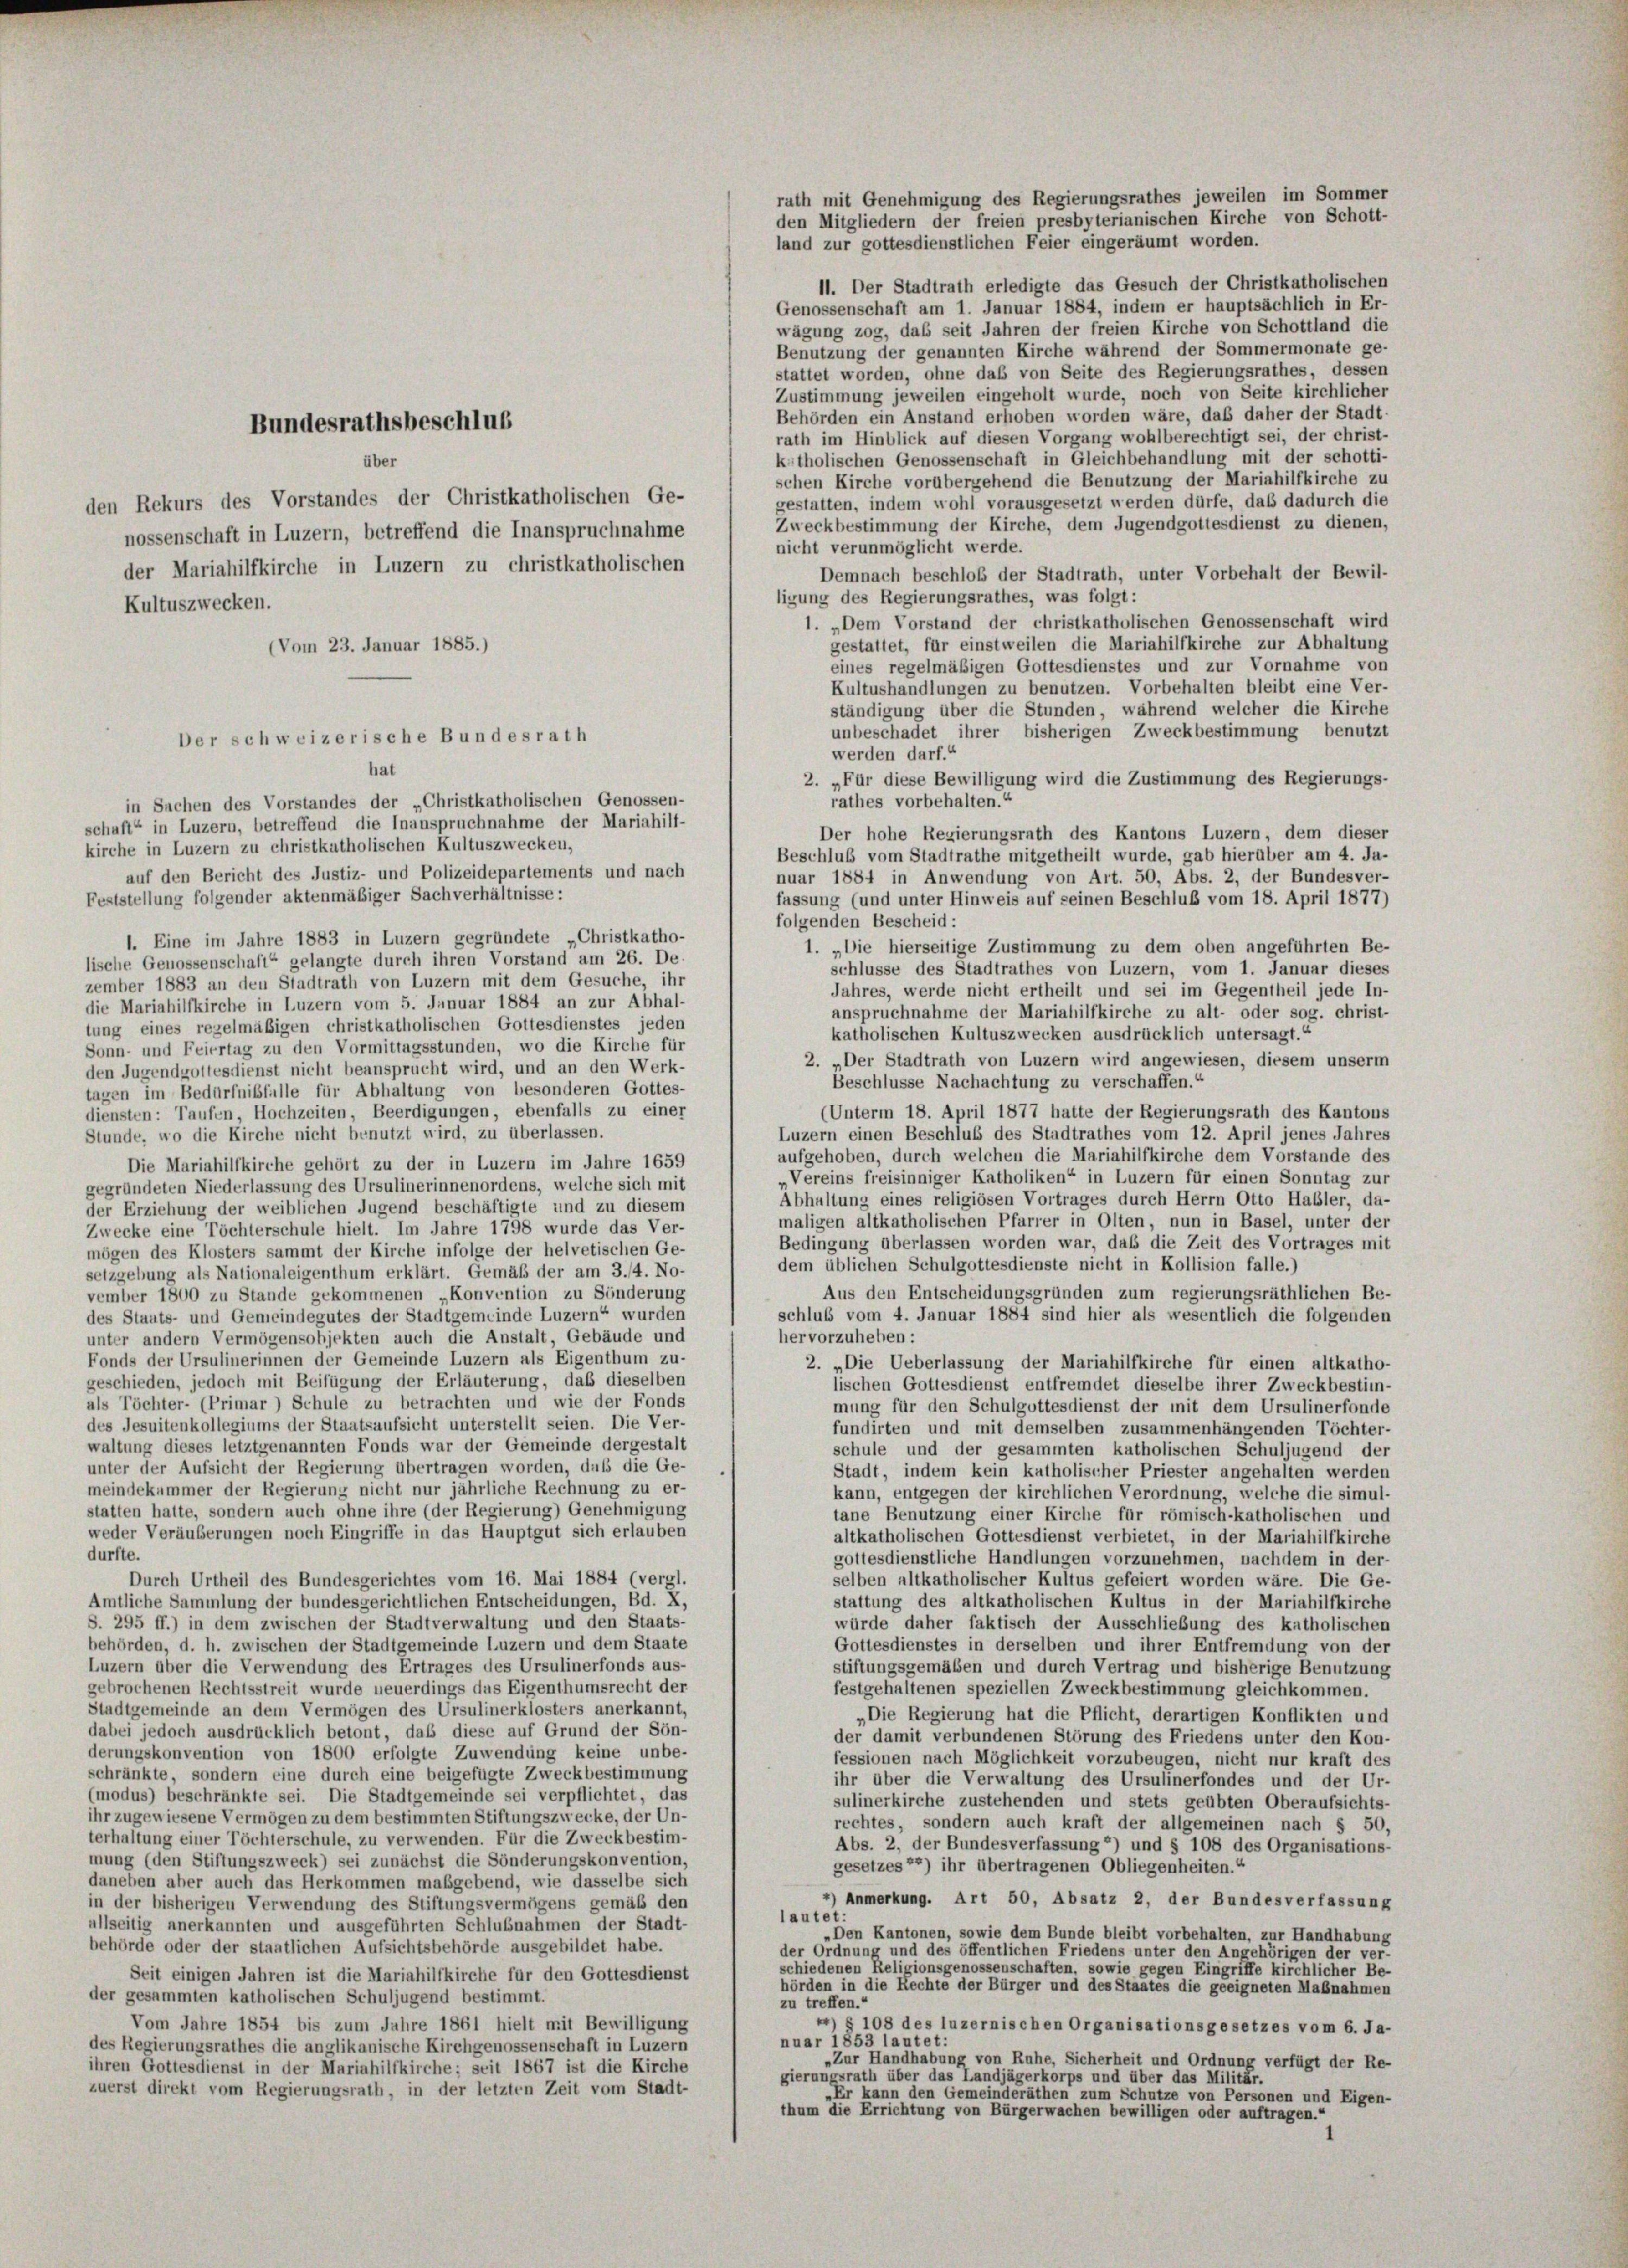
Bundesrathsbeschlus
den Rekurs des Vorstandes der Christkatholischen Ge-
nossenschaft in Luzern, betreffend die Inanspruchnahme
der Mariahilfkirche in Luzern zu christkatholischen
Kultuszwecken.

den Mitgliedern der freien presbyterianischen Kirche von Schott-
land zur gottesdienstlichen Feier eingeräumt worden.
11. Der Stadtrath erledigte das Gesuch der Christkatholischen
Genossenschaft am 1. Januar 1884, indem er hauptsächlich in Er-
wägung zog, das seit Jahren der freien Kirche von Schottland die
Benutzung der genannten Kirche während der Sommermonate ge-
stattet worden, ohne das von Seite des Regierungsrathes, dessen
Zustimmung jeweilen eingeholt wurde, noch von Seite kirchlicher
Behörden ein Anstand erhoben worden wäre, daß daher der Stadt-
rath im Hinblick auf diesen Vorgang wohlberechtigt sei, der christ-
katholischen Genossenschaft in Gleichbehandlung mit der schotti-
schen Kirche vorübergehend die Benutzung der Mariahilfkirche zu
gestatten, indem wohl vorausgesetzt werden dürfe, daß dadurch die
Zweckbestimmung der Kirche, dem Jugendgottesdienst zu dienen,
nicht verunmöglicht werde.
Demnach beschloß der Stadtrath, unter Vorbehalt der Bewil-
ligung des Regierungsrathes, was folgt:
1. „Dem Vorstand der christkatholischen Genossenschaft wird
gestattet, für einstweilen die Mariahilfkirche zur Abhaltung
(Vom 23. Januar 1885.)
eines regelmäßigen Gottesdienstes und zur Vornahme von
Kultushandlungen zu benutzen. Vorbehalten bleibt eine Ver-
ständigung über die Stunden, während welcher die Kirche
unbeschadet ihrer bisherigen Zweckbestimmung benutzt
Der schweizerische Bundesrath
werden darf.“
hat
2. „Für diese Bewilligung wird die Zustimmung des Regierungs-
rathes vorbehalten.“
in Sachen des Vorstandes der „Christkatholischen Genossen-
schaft“ in Luzern, betreffend die Inanspruchnahme der Mariahilt-
Der hohe Regierungsrath des Kantons Luzern, dem dieser
kirche in Luzern zu christkatholischen Kultuszwecken,
Beschluß vom Stadtrathe mitgetheilt wurde, gab hierüber am 4. Ja-
auf den Bericht des Justiz- und Polizeidepartements und nach
nuar 1884 in Anwendung von Art. 50, Abs. 2, der Bundesver-
Feststellung folgender aktenmäßiger Sachverhältnisse:
fassung (und unter Hinweis auf seinen Beschluß vom 18. April 1877)
folgenden Bescheid :
1. Eine im Jahre 1883 in Luzern gegründete Christkatho-
1. „Die hierseitige Zustimmung zu dem oben angeführten Be-
lische Genossenschaft“ gelangte durch ihren Vorstand am 26. De-
schlüsse des Stadtrathes von Luzern, vom 1. Januar dieses
zember 1883 an den Stadtrath von Luzern mit dem Gesuche, ihr
Jahres, werde nicht ertheilt und sei im Gegentheil jede In-
die Mariahilfkirche in Luzern vom 5. Januar 1884 an zur Abhal-
anspruchnahme der Mariahilfkirche zu alt- oder sog. christ-
tung eines regelmäßigen christkatholischen Gottesdienstes jeden
katholischen Kultuszwecken ausdrücklich untersagt.“
Sonn- und Feiertag zu den Vormittagsstunden, wo die Kirche für
2. „Der Stadtrath von Luzern wird angewiesen, diesem unserm
den Jugendgottesdienst nicht beansprucht wird, und an den Werk-
Beschlüsse Nachachtung zu verschaffen.“
tagen im Bedürfnisfalle für Abhaltung von besonderen Gottes-
diensten: Taufen, Hochzeiten, Beerdigungen, ebenfalls zu einer
(Unterm 18. April 1877 hatte der Regierungsrath des Kantons
Luzern einen Beschluß des Stadtrathes vom 12. April jenes Jahres
Stunde, wo die Kirche nicht benutzt wird, zu überlassen.
aufgehoben, durch welchen die Mariahilfkirche dem Vorstande des
Die Mariahilfkirche gehört zu der in Luzern im Jahre 1659
Vereins freisinniger Katholiken“ in Luzern für einen Sonntag zur
gegründeten Niederlassung des Ursulinerinnenordens, welche sich mit
Abhaltung eines religiösen Vortrages durch Herrn Otto Habler, da-
der Erziehung der weiblichen Jugend beschäftigte und zu diesem
maligen altkatholischen Pfarrer in Olten, nun in Basel, unter der
Zwecke eine Töchterschule hielt. Im Jahre 1798 wurde das Ver-
Bedingung überlassen worden war, daß die Zeit des Vortrages mit
mögen des Klosters sammt der Kirche infolge der helvetischen Ge-
dem üblichen Schulgottesdienste nicht in Kollision falle.)
setzgebung als Nationaleigenthum erklärt. Gemäß der am 3./4. No-
Aus den Entscheidungsgründen zum regierungsräthlichen Be-
vember 1800 zu Stande gekommenen „Konvention zu Sönderung
schluß vom 4. Januar 1884 sind hier als wesentlich die folgenden
des Staats- und Gemeindegutes der Stadtgemeinde Luzern“ wurden
hervorzuheben:
unter andern Vermögensobjekten auch die Anstalt, Gebäude und
Fonds der Ursulinerinnen der Gemeinde Luzern als Eigenthum zu-
2. „Die Ueberlassung der Mariahilfkirche für einen altkatho-
geschieden, jedoch mit Beifügung der Erläuterung, daß dieselben
lischen Gottesdienst entfremdet dieselbe ihrer Zweckbestim-
als Töchter- (Primar) Schule zu betrachten und wie der Fonds
mung für den Schulgottesdienst der mit dem Ursulinerfonde
des Jesuitenkollegiums der Staatsaufsicht unterstellt seien. Die Ver-
fundirten und mit demselben zusammenhängenden Töchter-
waltung dieses letztgenannten Fonds war der Gemeinde dergestalt
schule und der gesammten katholischen Schuljugend der
unter der Aufsicht der Regierung übertragen worden, daß die Ge-
Stadt, indem kein katholischer Priester angehalten werden
meindekammer der Regierung nicht nur jährliche Rechnung zu er-
kann, entgegen der kirchlichen Verordnung, welche die simul-
statten hatte, sondern auch ohne ihre (der Regierung) Genehmigung
tane Benutzung einer Kirche für römisch-katholischen und
weder Veräußerungen noch Eingriffe in das Hauptgut sich erlauben
altkatholischen Gottesdienst verbietet, in der Mariahilfkirche
durfte.
gottesdienstliche Handlungen vorzunehmen, nachdem in der-
selben altkatholischer Kultus gefeiert worden wäre. Die Ge-
Durch Urtheil des Bundesgerichtes vom 16. Mai 1884 (vergl.
stattung des altkatholischen Kultus in der Mariahilfkirche
Amtliche Sammlung der bundesgerichtlichen Entscheidungen, Bd. X,
S. 295 ff.) in dem zwischen der Stadtverwaltung und den Staats-
würde daher faktisch der Ausschließung des katholischen
behörden, d. h. zwischen der Stadtgemeinde Luzern und dem Staate
Gottesdienstes in derselben und ihrer Entfremdung von der
Luzern über die Verwendung des Ertrages des Ursulinerfonds aus-
stiftungsgemäßen und durch Vertrag und bisherige Benutzung
gebrochenen Rechtsstreit wurde neuerdings das Eigenthumsrecht der
festgehaltenen speziellen Zweckbestimmung gleichkommen.
Stadtgemeinde an dem Vermögen des Ursulinerklosters anerkannt,
„Die Regierung hat die Pflicht, derartigen Konflikten und
dabei jedoch ausdrücklich betont, daß diese auf Grund der Sön-
der damit verbundenen Störung des Friedens unter den Kon-
derungskonvention von 1800 erfolgte Zuwendung keine unbe-
fessionen nach Möglichkeit vorzubeugen, nicht nur kraft des
schränkte, sondern eine durch eine beigefügte Zweckbestimmung
ihr über die Verwaltung des Ursulinerfondes und der Ur-
(modus) beschränkte sei. Die Stadtgemeinde sei verpflichtet, das
sulinerkirche zustehenden und stets geübten Oberaufsichts-
ihr zugewiesene Vermögen zu dem bestimmten Stiftungszwecke, der Un-
rechtes, sondern auch kraft der allgemeinen nach § 50,
erhaltung einer Töchterschule, zu verwenden. Für die Zweckbestim-
Abs. 2, der Bundesverfassung) und § 108 des Organisations-
mung (den Stiftungszweck) sei zunächst die Sönderungskonvention,
gesetzes) ihr übertragenen Obliegenheiten.“
daneben aber auch das Herkommen maßgebend, wie dasselbe sich
4) Anmerkung. Art 50, Absatz 2, der Bundesverfassung
in der bisherigen Verwendung des Stiftungsvermögens gemäß den
lautet:
allseitig anerkannten und ausgeführten Schlußnahmen der Stadt-
„Den Kantonen, sowie dem Bunde bleibt vorbehalten, zur Handhabung
behörde oder der staatlichen Aufsichtsbehörde ausgebildet habe.
der Ordnung und des öffentlichen Friedens unter den Angehörigen der ver-
schiedenen Religionsgenossenschaften, sowie gegen Eingriffe kirchlicher Be-
Seit einigen Jahren ist die Mariahilfkirche für den Gottesdienst
hörden in die Rechte der Bürger und des Staates die geeigneten Maßnahmen
der gesammten katholischen Schuljugend bestimmt.
zu treffen.“
Vom Jahre 1854 bis zum Jahre 1861 hielt mit Bewilligung
4) § 108 des luzernischen Organisationsgesetzes vom 6. Ja-
nuar 1853 lautet:
des Regierungsrathes die anglikanische Kirchgenossenschaft in Luzern
„Zur Handhabung von Ruhe, Sicherheit und Ordnung verfügt der Re-
ihren Gottesdienst in der Mariahilfkirche; seit 1867 ist die Kirche
gierungsrath über das Landjägerkorps und über das Militär.
zuerst direkt vom Regierungsrath, in der letzten Zeit vom Stadt-
„Er kann den Gemeinderäthen zum Schutze von Personen und Eigen-
thum die Errichtung von Bürgerwachen bewilligen oder auftragen.“

ber